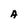
Character: A